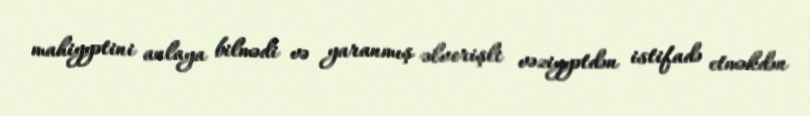
mahiyyətini anlaya bilmədi və yaranmış əlverişli vəziyyətdən istifadə etməkdən